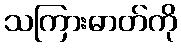
သကြားဓာတ်ကို